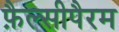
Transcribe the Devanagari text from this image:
फ़ैल्सीपैरम